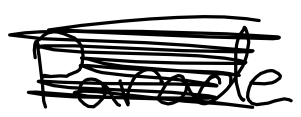
Text: Day
Cross-out: mix
Writing tool: digital_black